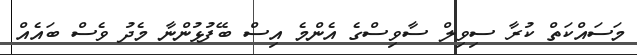
މަސައްކަތް ކުރާ ސިވިލް ސާވިސްގެ އެންމެ އިސް ބޭފުޅުންނާ މެދު ވެސް ބައެއް